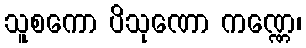
သူစကော ပိသုဏော ကဏ္ဏေ၊